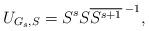
LaTeX: \begin{align*}U_{G_s,S}=S^{s} S {\overline{S^{s+1}}\,}^{-1},\end{align*}